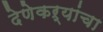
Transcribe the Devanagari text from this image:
देणेकऱ्यांचा